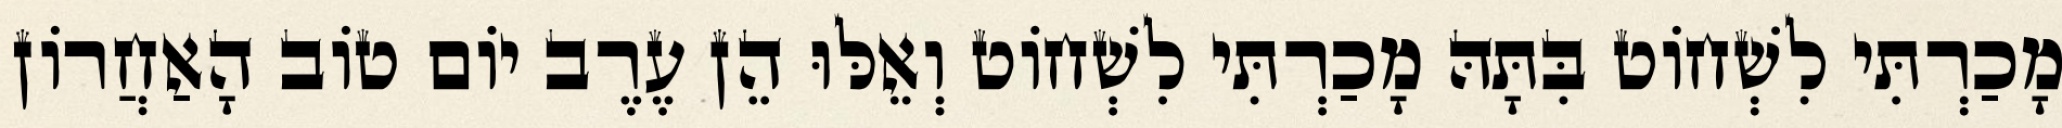
מָכַרְתִּי לִשְׁחוֹט בִּתָּהּ מָכַרְתִּי לִשְׁחוֹט וְאֵלּוּ הֵן עֶרֶב יוֹם טוֹב הָאַחֲרוֹן